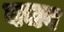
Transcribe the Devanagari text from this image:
वचव